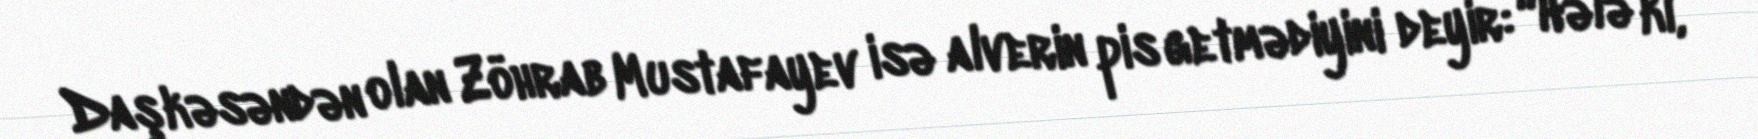
Daşkəsəndən olan Zöhrab Mustafayev isə alverin pis getmədiyini deyir: “Hələ ki,